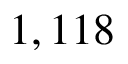
1 , 1 1 8